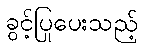
ခွင့်ပြုပေးသည့်